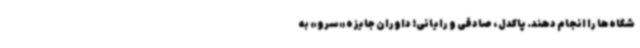
شگاه‌ها را انجام دهند. پاکدل، صادقی و رایانی؛ داوران جایزه «سرو» به